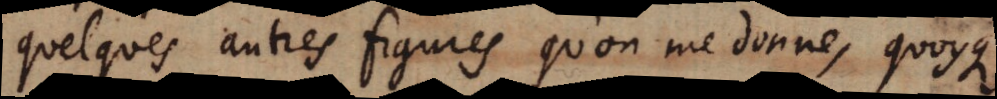
quelques autres figures qu’on me donne, quoyque